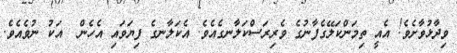
ވިދާޅުވާށެވެ! އެއީ ތިމަންކަލޭގެފާނުގެ ވެރިރަސްކަލާނގެއެވެ. އެކަލާނގެ ފިޔަވައި އެހެން  އަކު ނުވެއެވެ.